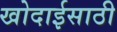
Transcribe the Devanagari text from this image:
खोदाईसाठी